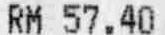
RM 57.40